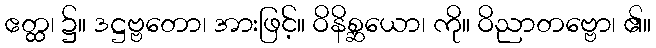
ဧတ္ထ၊ ၌။ ဒဋ္ဌဗ္ဗတော၊ အားဖြင့်။ ဝိနိစ္ဆယော၊ ကို။ ဝိညာတဗ္ဗော၊ ၏။